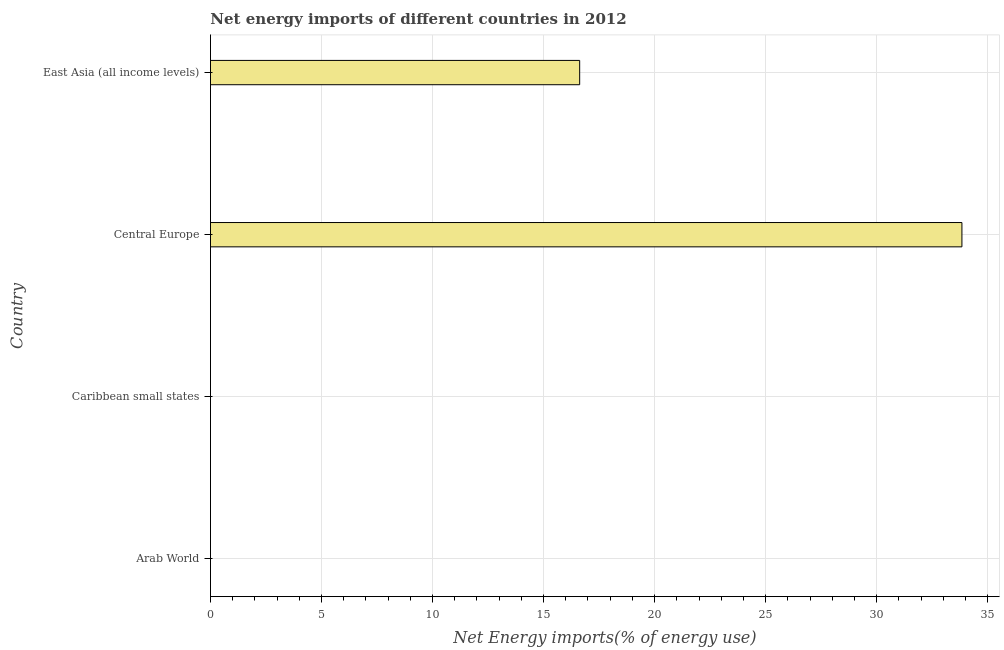
| Country | Energy imports |
 | --- | --- |
 | Arab World | -183 |
 | Caribbean small states | -82.9 |
 | Central Europe | 33.8 |
 | East Asia (all income levels) | 16.6 |